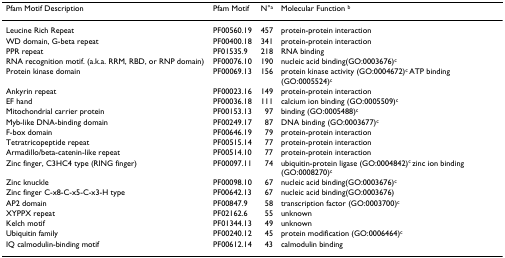
<table><thead><tr><td><b>Pfam Motif Description</b></td><td><b>Pfam Motif</b></td><td><b>N°<sup>a</sup></b></td><td><b>Molecular Function <sup>b</sup></b></td></tr></thead><tbody><tr><td>Leucine Rich Repeat</td><td>PF00560.19</td><td>457</td><td>protein-protein interaction</td></tr><tr><td>WD domain, G-beta repeat</td><td>PF00400.18</td><td>341</td><td>protein-protein interaction</td></tr><tr><td>PPR repeat</td><td>PF01535.9</td><td>218</td><td>RNA binding</td></tr><tr><td>RNA recognition motif. (a.k.a. RRM, RBD, or RNP domain)</td><td>PF00076.10</td><td>190</td><td>nucleic acid binding(GO:0003676)<sup>c</sup></td></tr><tr><td>Protein kinase domain</td><td>PF00069.13</td><td>156</td><td>protein kinase activity (GO:0004672)<sup>c </sup>ATP binding (GO:0005524)<sup>c</sup></td></tr><tr><td>Ankyrin repeat</td><td>PF00023.16</td><td>149</td><td>protein-protein interaction</td></tr><tr><td>EF hand</td><td>PF00036.18</td><td>111</td><td>calcium ion binding (GO:0005509)<sup>c</sup></td></tr><tr><td>Mitochondrial carrier protein</td><td>PF00153.13</td><td>97</td><td>binding (GO:0005488)<sup>c</sup></td></tr><tr><td>Myb-like DNA-binding domain</td><td>PF00249.17</td><td>87</td><td>DNA binding (GO:0003677)<sup>c</sup></td></tr><tr><td>F-box domain</td><td>PF00646.19</td><td>79</td><td>protein-protein interaction</td></tr><tr><td>Tetratricopeptide repeat</td><td>PF00515.14</td><td>77</td><td>protein-protein interaction</td></tr><tr><td>Armadillo/beta-catenin-like repeat</td><td>PF00514.10</td><td>77</td><td>protein-protein interaction</td></tr><tr><td>Zinc finger, C3HC4 type (RING finger)</td><td>PF00097.11</td><td>74</td><td>ubiquitin-protein ligase (GO:0004842)<sup>c </sup>zinc ion binding (GO:0008270)<sup>c</sup></td></tr><tr><td>Zinc knuckle</td><td>PF00098.10</td><td>67</td><td>nucleic acid binding(GO:0003676)<sup>c</sup></td></tr><tr><td>Zinc finger C-x8-C-x5-C-x3-H type</td><td>PF00642.13</td><td>67</td><td>nucleic acid binding(GO:0003676)</td></tr><tr><td>AP2 domain</td><td>PF00847.9</td><td>58</td><td>transcription factor (GO:0003700)<sup>c</sup></td></tr><tr><td>XYPPX repeat</td><td>PF02162.6</td><td>55</td><td>unknown</td></tr><tr><td>Kelch motif</td><td>PF01344.13</td><td>49</td><td>unknown</td></tr><tr><td>Ubiquitin family</td><td>PF00240.12</td><td>45</td><td>protein modification (GO:0006464)<sup>c</sup></td></tr><tr><td>IQ calmodulin-binding motif</td><td>PF00612.14</td><td>43</td><td>calmodulin binding</td></tr></tbody></table>